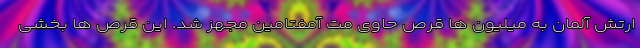
ارتش آلمان به میلیون ها قرص حاوی مت آمفتامین مجهز شد. این قرص ها بخشی